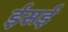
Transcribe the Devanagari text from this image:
ईसई